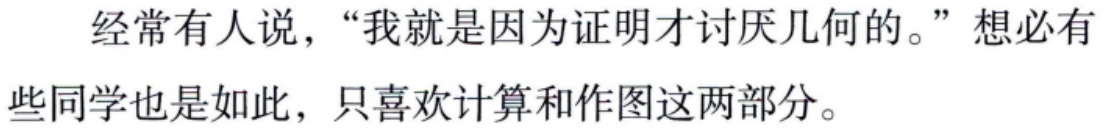
经常有人说，“我就是因为证明才讨厌几何的。”想必有些同学也是如此，只喜欢计算和作图这两部分。